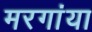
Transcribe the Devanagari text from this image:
मरगांया